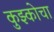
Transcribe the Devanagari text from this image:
कुझ्कोचा